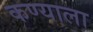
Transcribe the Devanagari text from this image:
कण्याला